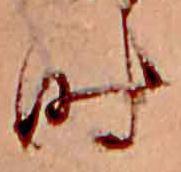
時